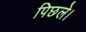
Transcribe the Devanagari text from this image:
पिछले।